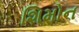
શિમોન